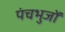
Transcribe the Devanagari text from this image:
पंचभुजों